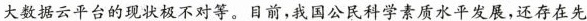
大数据云平台的现状极不对等。目前，我国公民科学素质水平发展，还存在先